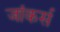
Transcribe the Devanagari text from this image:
जांकर्स